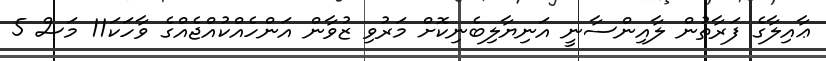
ޢާއިލާގެ ފަރާތުން ލާއިންސާނީ އަނިޔާލިބެނިކޮށް މަރުވި ޒުވާން އަންހެއްކުއްޖެއްގެ ވާހަކަ11 މަސް 5